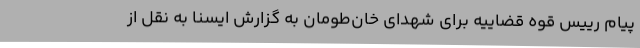
پیام رییس قوه قضاییه برای شهدای خان‌طومان به گزارش ایسنا به نقل از